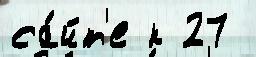
са́йт'е к 27